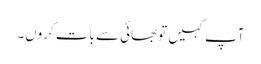
آپ کہیں توبھائی سے بات کروں۔